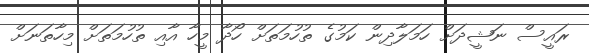
ރައީސް ނަޝީދަށް ހަމަލާދިން ކަމުގެ ތުހުމަތަށް ހޯދާ މީހާ އާއި ތުހުމަތަށް މިހާތަނަށް